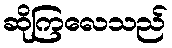
ဆိုကြလေသည်